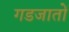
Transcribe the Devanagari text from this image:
गडजातों